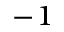
^ { - 1 }